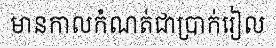
មានកាលកំណត់ជាប្រាក់រៀល